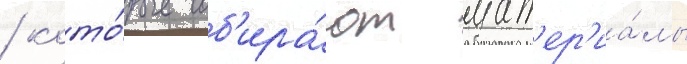
/ кото́рые соб'ира́ют мат'ер'иа́лы